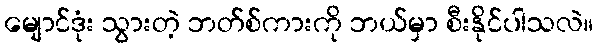
မျောင်ဒုံး သွားတဲ့ ဘတ်စ်ကားကို ဘယ်မှာ စီးနိုင်ပါသလဲ။